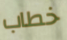
خطاب